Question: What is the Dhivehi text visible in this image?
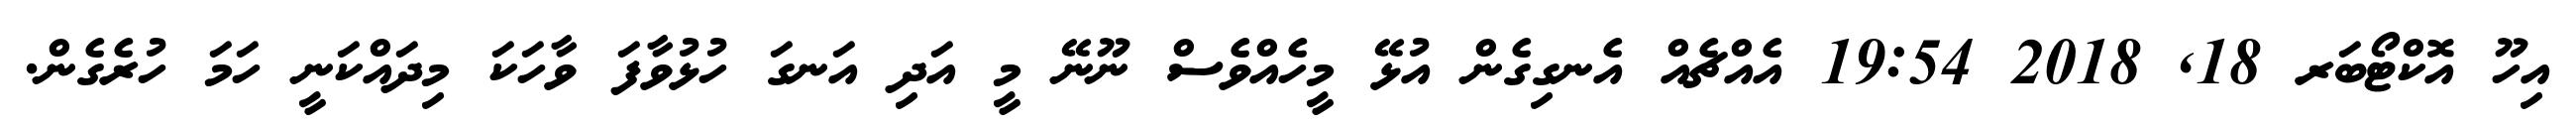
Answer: އިހޫ އޮކްޓޯބަރ 18, 2018 19:54 އެއްޗެއް އެނގިގެން އުޅޭ މީހެއްވެސް ނޫނޭ މީ އަދި އަނގަ ހުޅުވާފަ ވާހަކަ މިދައްކަނީ ހަމަ ހުރެގެން.